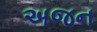
અજન